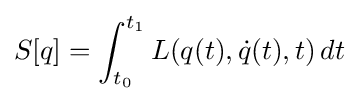
S[q]=\int _{t_{0}}^{t_{1}}L(q(t),{\dot {q}}(t),t)\,dt